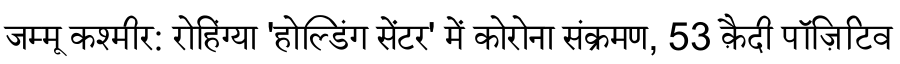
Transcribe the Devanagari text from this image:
जम्मू कश्मीर: रोहिंग्या 'होल्डिंग सेंटर' में कोरोना संक्रमण, 53 क़ैदी पॉज़िटिव